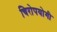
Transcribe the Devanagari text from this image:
चिरोपयोगी